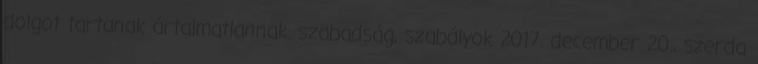
dolgot tartanak ártalmatlannak. szabadság, szabályok 2017. december 20., szerda